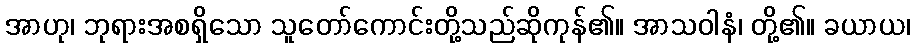
အာဟု၊ ဘုရားအစရှိသော သူတော်ကောင်းတို့သည်ဆိုကုန်၏။ အာသဝါနံ၊ တို့၏။ ခယာယ၊